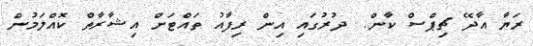
ރަޔާ އާދޭ ޗިޕްސް ކާން.. ދުރުގައި އިން ރިފާއު ތައްޓަށް އިޝާރާތް ކޮއްލަމުން